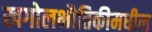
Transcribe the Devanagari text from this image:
खगोलभौतिकीमधील